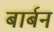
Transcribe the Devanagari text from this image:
बार्बन